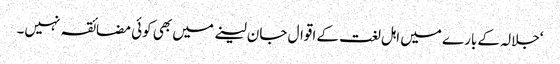
‘جلالہ کے بارے میں اہل لغت کے اقوال جان لینے میں بھی کوئی مضائقہ نہیں۔